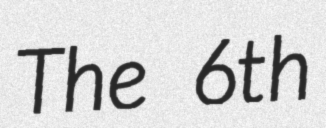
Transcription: The 6th